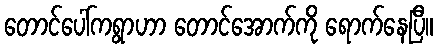
တောင်ပေါ်ကရွာဟာ တောင်အောက်ကို ရောက်နေပြီ။